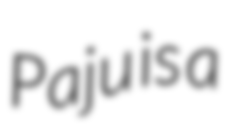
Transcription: Paju is a